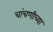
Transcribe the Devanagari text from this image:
चांचणीच्या